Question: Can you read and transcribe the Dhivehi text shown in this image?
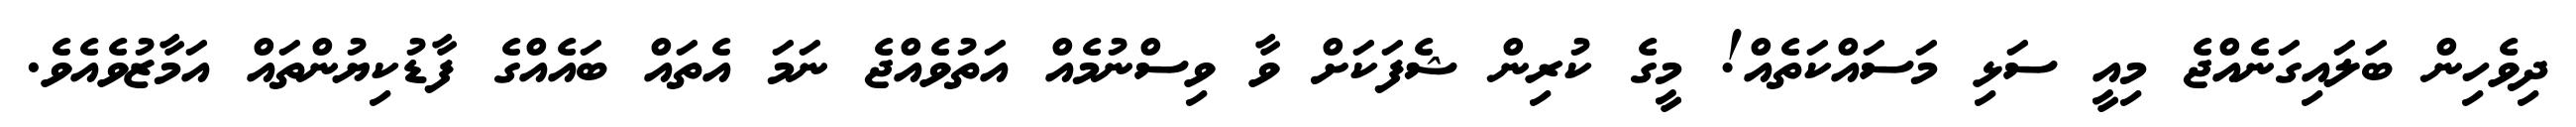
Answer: ދިވެހިން ބަލައިގަނެއްޖެ މިއީ ސަޅި މަސައްކަތެއް! މީގެ ކުރިން ޝެފަކަށް ވާ ވިސްނުމެއް އަތުވެއްޖެ ނަމަ އެތައް ބައެއްގެ ފާޑުކިޔުންތައް އަމާޒުވެއެވެ.